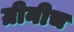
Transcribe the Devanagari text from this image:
ग्रीनीच